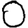
Digit: 0